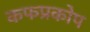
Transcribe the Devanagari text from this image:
कफप्रकोप